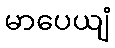
မာပေယျံ